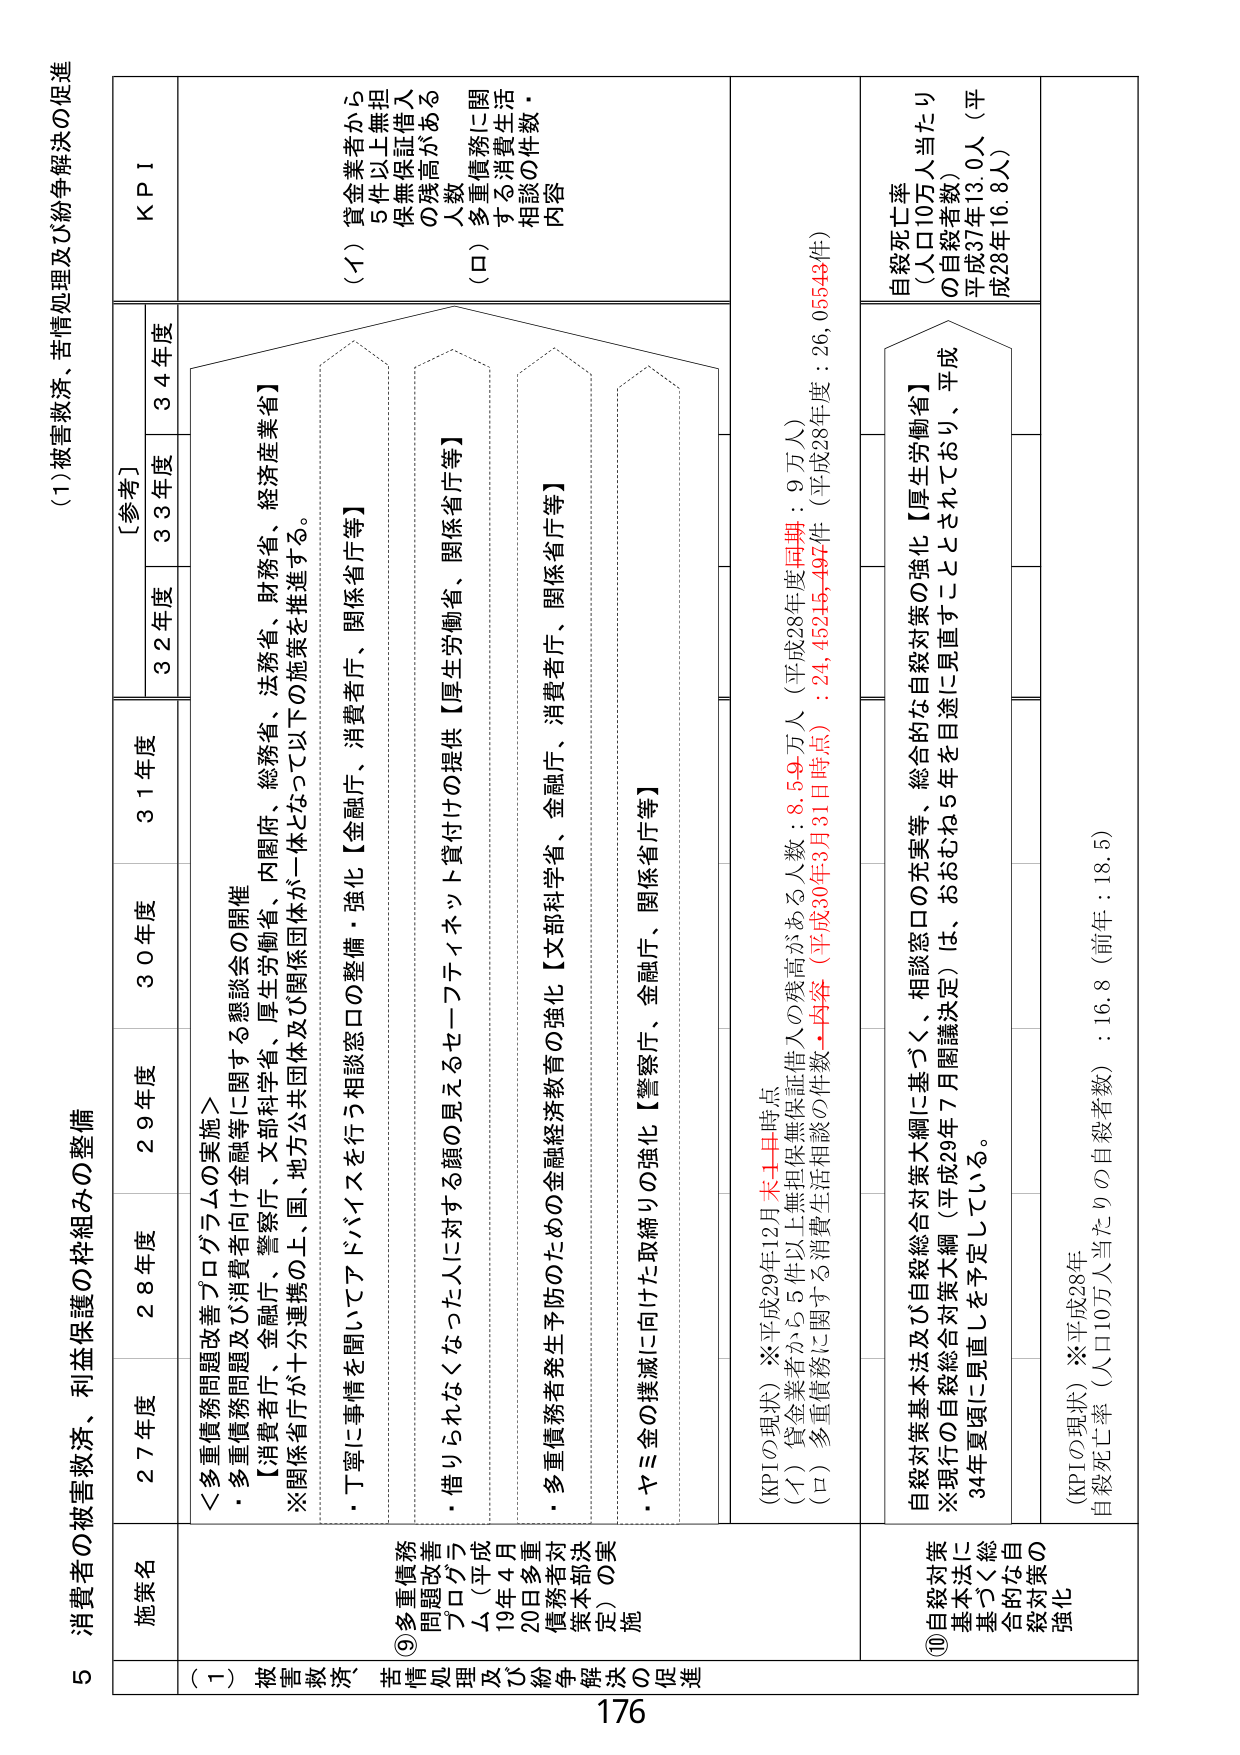
5 消費者の被害救済、利益保護の枠組みの整備

(1) 被害救済、苦情処理及び紛争解決の促進

施策名
27年度
28年度
29年度
30年度
31年度
[参考]
32年度
33年度
34年度
KPI

(一) 被害救済、苦情処理及び紛争解決の促進

⑨多重債務問題改善プログラムの実施
・多重債務問題及び消費者向け金融等に関する懇談会の開催
【消費者庁、金融庁、警察庁、文部科学省、厚生労働省、法務省、財務省、経済産業省】
※関係省庁が十分連携の上、国・地方公共団体及び関係団体が一体となって以下の施策を推進する。
・丁寧に事情を聞いてアドバイスを行う相談窓口の整備・強化【金融庁、消費者庁、関係省庁等】
・借りられなくなった人に対する額の見えるセーフティネット貸付けの提供【厚生労働省、関係省庁等】
・多重債務者発生予防のための金融経済教育の強化【文部科学省、金融庁、消費者庁、関係省庁等】
・ヤミ金の撲滅に向けた取締りの強化【警察庁、金融庁、関係省庁等】

(KPIの現状) ※平成29年12月末日時点
(イ) 貸金業者から5件以上無担保無保証借入の残高がある人数：8.59万人（平成28年度同期：9万人）
(ロ) 多重債務に関する消費生活相談の件数・内容（平成30年3月31日時点）：24,452件、497件（平成28年度：26,055件）

⑩自殺対策基本法及び自殺総合対策大綱に基づく、相談窓口の充実等、総合的な自殺対策の強化【厚生労働省】
※現行の自殺総合対策大綱（平成29年7月閣議決定）は、おおむね5年を目途に見直すこととされており、平成34年夏頃に見直しを予定している。

(KPIの現状) ※平成28年
自殺死亡率（人口10万人当たりの自殺者数）：16.8（前年：18.5）

自殺死亡率
（人口10万人当たりの自殺者数）
平成37年13.0人（平成28年16.8人）

176